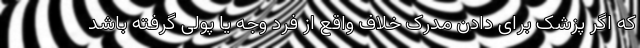
که اگر پزشک برای دادن مدرک خلاف واقع از فرد وجه یا پولی گرفته باشد